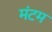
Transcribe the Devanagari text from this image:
मंटम